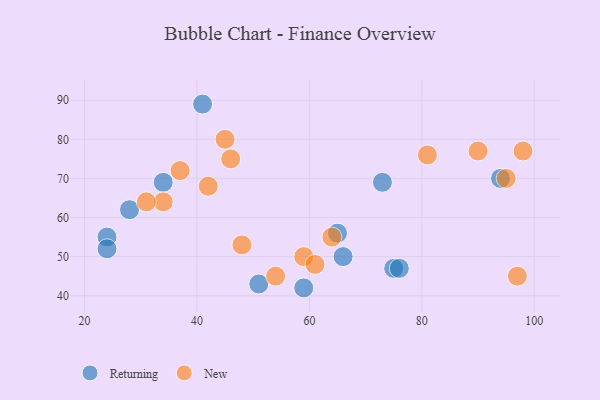
{"axis": {"x": "GDP", "y": "Life Expectancy"}, "legend": ["New", "Returning"], "data": [{"x": "75", "y": 47, "type": "Returning"}, {"x": "73", "y": 69, "type": "Returning"}, {"x": "34", "y": 69, "type": "Returning"}, {"x": "24", "y": 55, "type": "Returning"}, {"x": "28", "y": 62, "type": "Returning"}, {"x": "94", "y": 70, "type": "Returning"}, {"x": "59", "y": 42, "type": "Returning"}, {"x": "24", "y": 52, "type": "Returning"}, {"x": "41", "y": 89, "type": "Returning"}, {"x": "65", "y": 56, "type": "Returning"}, {"x": "66", "y": 50, "type": "Returning"}, {"x": "51", "y": 43, "type": "Returning"}, {"x": "76", "y": 47, "type": "Returning"}, {"x": "37", "y": 72, "type": "New"}, {"x": "81", "y": 76, "type": "New"}, {"x": "64", "y": 55, "type": "New"}, {"x": "34", "y": 64, "type": "New"}, {"x": "31", "y": 64, "type": "New"}, {"x": "90", "y": 77, "type": "New"}, {"x": "98", "y": 77, "type": "New"}, {"x": "95", "y": 70, "type": "New"}, {"x": "46", "y": 75, "type": "New"}, {"x": "54", "y": 45, "type": "New"}, {"x": "45", "y": 80, "type": "New"}, {"x": "42", "y": 68, "type": "New"}, {"x": "48", "y": 53, "type": "New"}, {"x": "59", "y": 50, "type": "New"}, {"x": "61", "y": 48, "type": "New"}, {"x": "97", "y": 45, "type": "New"}]}